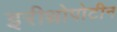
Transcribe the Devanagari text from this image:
इरीथ्रोपोटीन